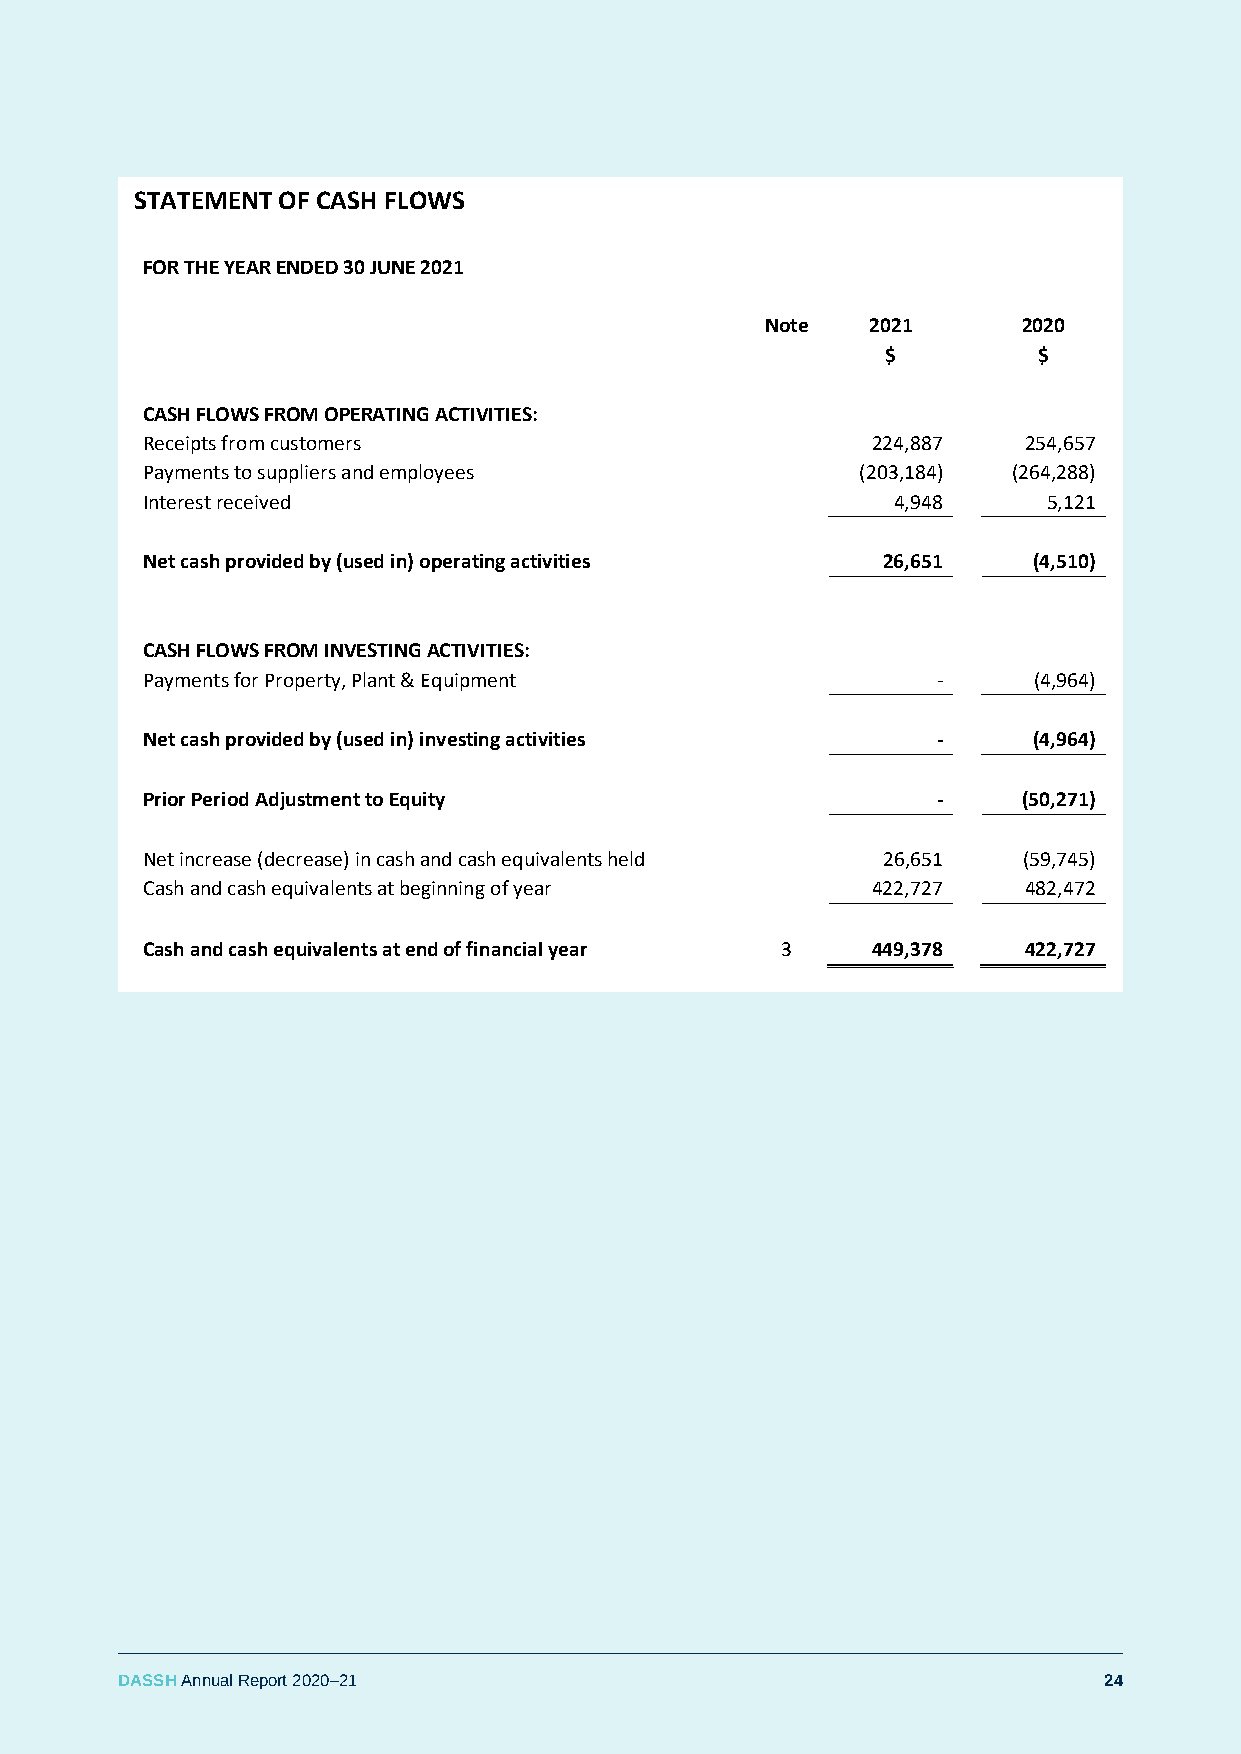
STATEMENT OF CASH FLOWS
 FOR THE YEAR ENDED 30 JUNE 2021
 Note   2021      2020
 $         $
 CASH FLOWS FROM OPERATING ACTIVITIES:
 Receipts from customers                          224,887   254,657
 Payments to suppliers and employees             (203,184) (264,288)
 Interest received                                 4,948     5,121
 Net cash provided by (used in) operating activities 26,651 (4,510)
 CASH FLOWS FROM INVESTING ACTIVITIES:
 Payments for Property, Plant & Equipment             -     (4,964)
 Net cash provided by (used in) investing activities  -     (4,964)
 Prior Period Adjustment to Equity                    -     (50,271)
 Net increase (decrease) in cash and cash equivalents held 26,651 (59,745)
 Cash and cash equivalents at beginning of year   422,727   482,472
 Cash and cash equivalents at end of financial year 3 449,378 422,727
 DASSH Annual Report 2020–21                                      24